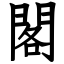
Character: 閣